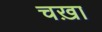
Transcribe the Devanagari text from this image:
चख़ा